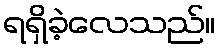
ရရှိခဲ့လေသည်။